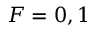
F = 0 , 1